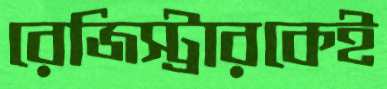
রেজিস্ট্রারকেই